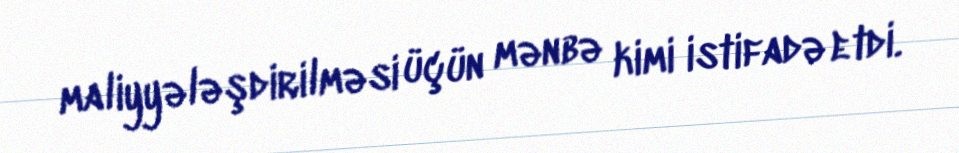
maliyyələşdirilməsi üçün mənbə kimi istifadə etdi.